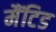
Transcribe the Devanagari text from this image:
मैंटिड